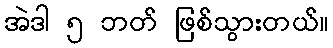
အဲဒါ ၅ ဘတ် ဖြစ်သွားတယ်။